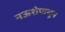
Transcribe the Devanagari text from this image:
नऊशेपासून